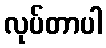
လုပ်တာပါ